Indian journal of veterinary science and animal husbandry - Volumes 18-21, 1948-1951
Year: 1948
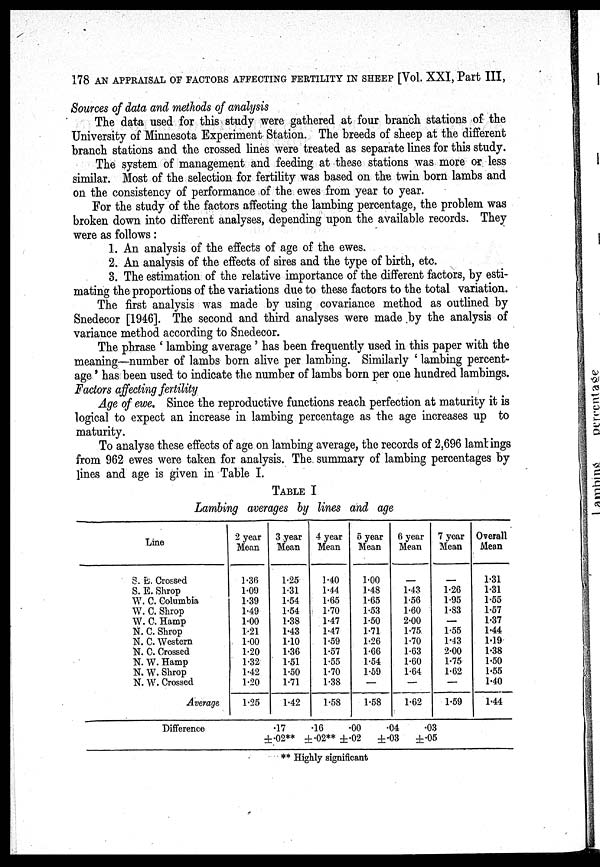
178 AN APPRAISAL OF FACTORS AFFECTING FERTILITY IN SHEEP [Vol. XXI, Part III,
Sources of data and methods of analysis
The data used for this study were gathered at four branch stations of the
University of Minnesota Experiment Station. The breeds of sheep at the different
branch stations and the crossed lines were treated as separate lines for this study.
The system of management and feeding at these stations was more or less
similar. Most of the selection for fertility was based on the twin born lambs and
on the consistency of performance of the ewes from year to year.
For the study of the factors affecting the lambing percentage, the problem was
broken down into different analyses, depending upon the available records. They
were as follows:
1. An analysis of the effects of age of the ewes.
2. An analysis of the effects of sires and the type of birth, etc.
3. The estimation of the relative importance of the different factors, by esti-
mating the proportions of the variations due to these factors to the total variation.
The first analysis was made by using covariance method as outlined by
Snedecor [1946]. The second and third analyses were made by the analysis of
variance method according to Snedecor.
The phrase 'lambing average' has been frequently used in this paper with the
meaning—number of lambs born alive per lambing. Similarly 'lambing percent-
age.' has been used to indicate the number of lambs born per one hundred lambings.
Factors affecting fertility
Age of ewe. Since the reproductive functions reach perfection at maturity it is
logical to expect an increase in lambing percentage as the age increases up to
maturity.
To analyse these effects of age on lambing average, the records of 2,696 lambings
from 962 ewes were taken for analysis. The summary of lambing percentages by
lines and age is given in Table I.
TABLE I
Lambing averages by lines and age
Line
S. E. Crossed
S. E. Shrop
W. C. Columbia
W. C. Shrop
W. C. Hamp
N. C. Shrop
N. C. Western
N. C. Crossed
N. W. Hamp
N. W. Shrop
N. W. Crossed
Average
2 year
Mean
1.36
1.09
1.39
1.49
1.00
1.21
1.00
1.20
1.32
1.42
1.20
1.25
3 year
Mean
1.25
1.31
1.54
1.54
1.38
1.43
1.10
1.36
151
1.50
1.71
142
4 year
Mean
1.40
1.44
1.65
1.70
1.47
1.47
1.59
1.57
1.55
1.70
1.38
1.58
5 year
Mean
1.00
1.48
1.65
1.53
1.50
1.71
1.26
1.66
1.54
1.59
—
1.58
6 year
Mean
1.43
1.56
1.60
2.00
1.75
1.70
1.63
1.60
1.64
—
1.62
7 year
Mean
1.26
1.95
1.83
—
1.55
1.43
2.00
1.75
1.62
—
1.59
Overall
Mean
1.31
1.31
1.55
1.57
1.37
1.44
1.19
1.38
1.50
1.55
1.40
1.44
Difference
.17
±.02**
.16
±.02**
.00
±.02
.04
±.03
.03
±.05
** Highly significant